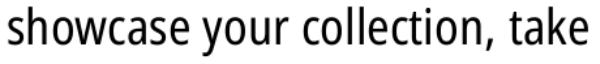
showcase your collection, take